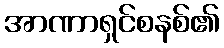
အာဏာရှင်စနစ်၏